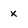
Character: x